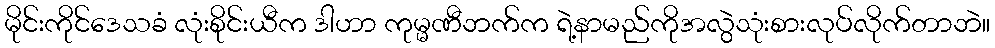
မိုင်းကိုင်ဒေသခံ လုံးစိုင်းယီက ဒါဟာ ကုမ္မဏီဘက်က ရဲ့နာမည်ကိုအလွဲသုံးစားလုပ်လိုက်တာဘဲ။